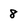
Character: 8